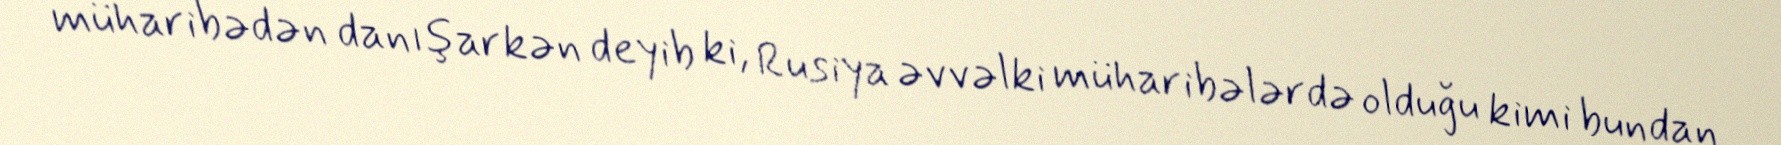
müharibədən danışarkən deyib ki, Rusiya əvvəlki müharibələrdə olduğu kimi bundan